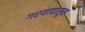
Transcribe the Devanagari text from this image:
गरयापासून